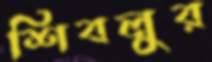
শিবলুর